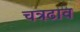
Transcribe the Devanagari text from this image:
चत्रढाव